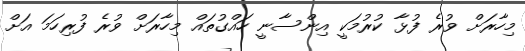
މިހާރަށް ވުރެ ފުޅާ ކުރުމަކީ އިންސާނީ ހައްގުތައް މިހާރަށް ވުރެ ފުރިހަމަ އަށް